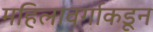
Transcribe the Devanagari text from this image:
महिलावर्गाकडून